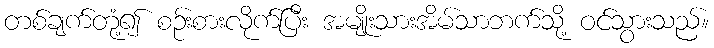
တစ်ချက်တုံ့၍ စဉ်းစားလိုက်ပြီး အမျိုးသားအိမ်သာဘက်သို့ ဝင်သွားသည်။